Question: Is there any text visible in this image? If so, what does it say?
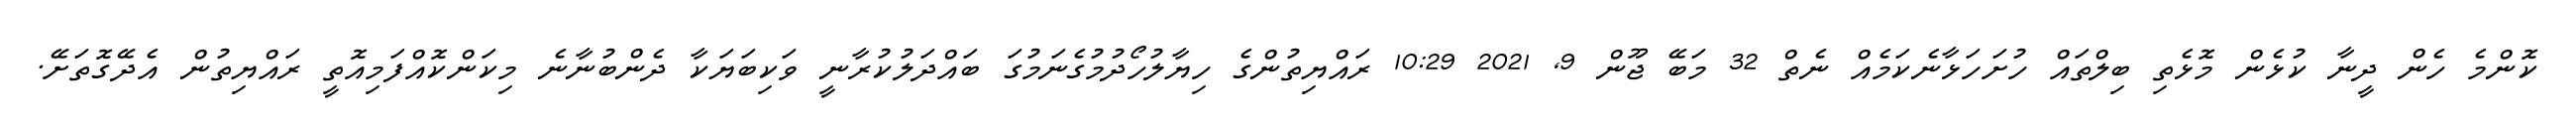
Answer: ކޮންމެ ހެން ދީނާ ކުޅެން މޮޅެތި ބިލްތައް ހުށަހަޅާނެކަމެއް ނެތް 32 މަބޭ ޖޫން 9, 2021 10:29 ރައްޔިތުންގެ ހިޔާލުހޯދުމުގެނަމުގަ ބައްދަލުކުރާނީ ވަކިބަޔަކާ ދެންބުނާނެ މިކަންކޮއްފަމިއޮތީ ރައްޔިތުން އެދޭގޮތަށޭ.